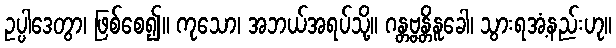
ဥပ္ပါဒေတွာ၊ ဖြစ်စေ၍။ ကုသော၊ အဘယ်အရပ်သို့။ ဂန္တဗ္ဗန္တိနူခေါ၊ သွားရအံ့နည်းဟု။